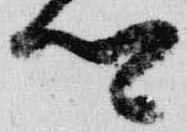
卿